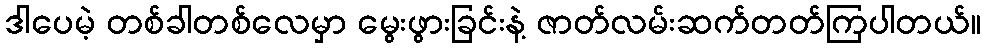
ဒါပေမဲ့ တစ်ခါတစ်လေမှာ မွေးဖွားခြင်းနဲ့ ဇာတ်လမ်းဆက်တတ်ကြပါတယ်။